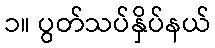
၁။ ပွတ်သပ်နှိပ်နယ်